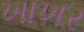
ખાખર